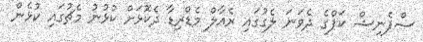
ސްޕެނިޝް ކަޕްގެ ދެވަނަ ލެގުގައި ރެއާލް މެޑްރިޑާ ދެކޮޅަށް ކުޅުނު މެޗުގައި ކުޅެން